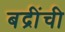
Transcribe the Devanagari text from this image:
बद्रींची